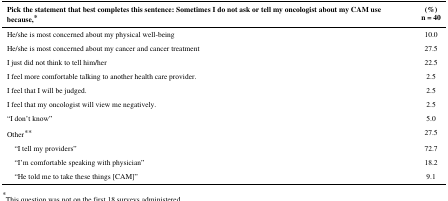
| Pick the statement that best completes this sentence: Sometimes I do not ask or tell my oncologist about my CAM use because,* | (%)n = 40 |
 | --- | --- |
 | He/she is most concerned about my physical well-being | 10.0 |
 | He/she is most concerned about my cancer and cancer treatment | 27.5 |
 | I just did not think to tell him/her | 22.5 |
 | I feel more comfortable talking to another health care provider. | 2.5 |
 | I feel that I will be judged. | 2.5 |
 | I feel that my oncologist will view me negatively. | 2.5 |
 | “I don’t know” | 5.0 |
 | Other** | 27.5 |
 | “I tell my providers” | 72.7 |
 | “I’m comfortable speaking with physician” | 18.2 |
 | “He told me to take these things [CAM]” | 9.1 |